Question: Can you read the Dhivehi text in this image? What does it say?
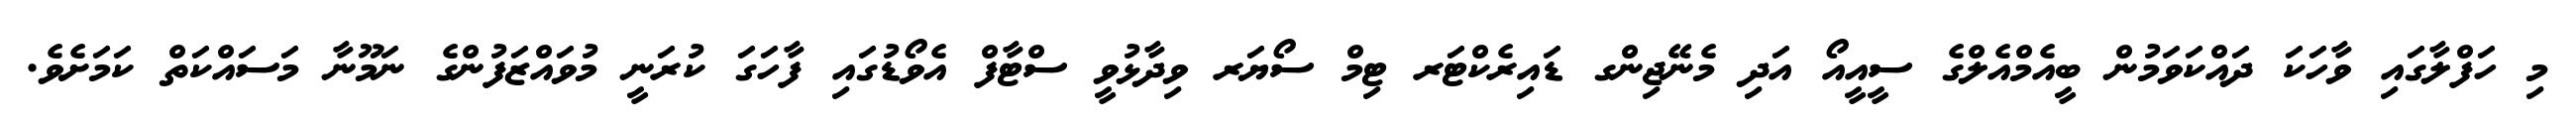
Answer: މި ހަފްލާގައި ވާހަކަ ދައްކަވަމުން ބީއެމްއެލްގެ ސީއީއޯ އަދި މެނޭޖިންގ ޑައިރެކްޓަރ ޓިމް ސޯޔަރ ވިދާޅުވީ ސްޓާފް އެވޯޑުގައި ފާހަގަ ކުރަނީ މުވައްޒަފުންގެ ނަމޫނާ މަސައްކަތް ކަމަށެވެ.